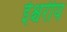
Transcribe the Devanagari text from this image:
ईश्चरीय